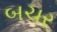
બચર